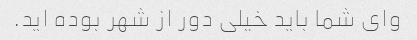
وای شما باید خیلی دور از شهر بوده اید.